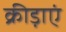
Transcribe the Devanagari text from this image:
क्रीड़ाएं